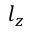
l _ { z }